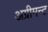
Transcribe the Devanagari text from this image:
अग्रीमन्ट